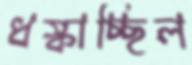
ধস্‌কাচ্ছিল